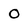
Character: o